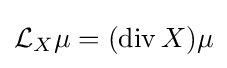
{\mathcal {L}}_{X}\mu =(\operatorname {div} X)\mu